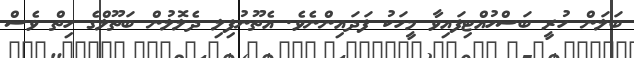
ބަލަން ހުރީ ބަސްހުއްޓިފައިވާ މީހަކު ފަދައިންނެވެ. އެތޫނުފިލި ދެލޮލުން ބަތޫލްގެ ހިތް ވެސް